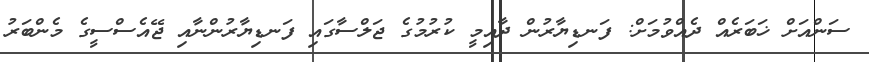
ސަންއަށް ޚަބަރެއް ދެއްވުމަށް: ފަނޑިޔާރުން ދާއިމީ ކުރުމުގެ ޖަލްސާގައި ފަނޑިޔާރުންނާއި ޖޭއެސްސީގެ މެންބަރު